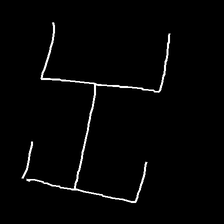
Glyph: entwine